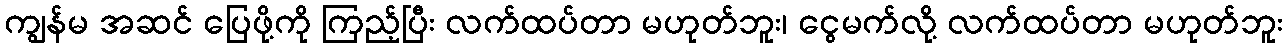
ကျွန်မ အဆင် ပြေဖို့ကို ကြည့်ပြီး လက်ထပ်တာ မဟုတ်ဘူး၊ ငွေမက်လို့ လက်ထပ်တာ မဟုတ်ဘူး